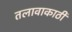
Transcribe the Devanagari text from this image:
तलावाकाठी